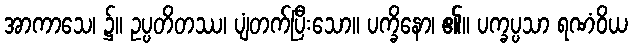
အာကာသေ၊ ၌။ ဥပ္ပတိတဿ၊ ပျံတက်ပြီးသော။ ပက္ခိနော၊ ၏။ ပက္ခပ္ပသာ ရဏံဝိယ